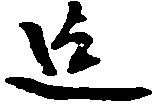
迄